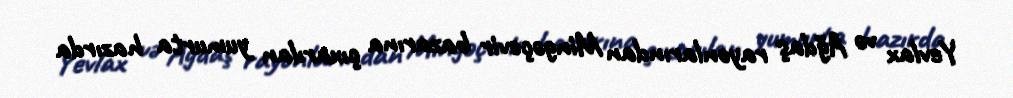
Yevlax və Ağdaş rayonlarından Mingəçevir bazarına çıxarılan yumurta hazırda